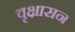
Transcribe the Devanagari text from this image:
वृक्षासन